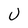
Character: U